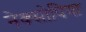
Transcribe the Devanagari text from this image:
नेक्सोपिया